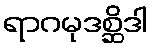
ရာဂမုဒစ္ဆိဒါ